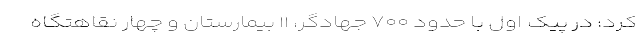
کرد: در پیک اول با حدود ۷۰۰ جهادگر، ۱۱ بیمارستان و چهار نقاهتگاه